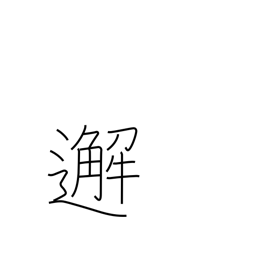
Meaning: meet unexpectedly